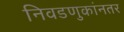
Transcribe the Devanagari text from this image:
निवडणुकांनतर